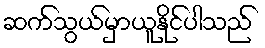
ဆက်သွယ်မှာယူနိုင်ပါသည်